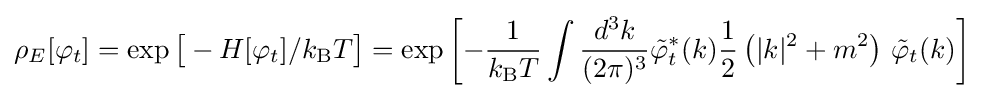
\rho _{E}[\varphi _{t}]=\exp {\big [}-H[\varphi _{t}]/k_{\text{B}}T{\big ]}=\exp {\left[-{\frac {1}{k_{\text{B}}T}}\int {\frac {d^{3}k}{(2\pi )^{3}}}{\tilde {\varphi }}_{t}^{*}(k){\frac {1}{2}}\left(|k|^{2}+m^{2}\right)\,{\tilde {\varphi }}_{t}(k)\right]}